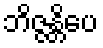
ဘိဇ္ဇန္တိပေ